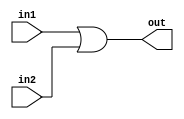
module bit32OR(in1,in2,out);
	input [31:0] in1,in2;
	output [31:0] out;
	assign {out} = in1|in2;
endmodule

/*
module tb_32bitOR;
	reg [31:0] in1,in2;
	wire[31:0] out;
	bit32OR mygate(in1,in2,out);
	initial
	begin
	in1 = 32'd15;
	in2 = 32'd40;
	#10 $display("%b %b %b",in1,in2,out);
	end
endmodule
	*/